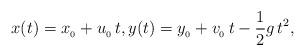
LaTeX: \begin{align*}x(t) = x_{_0}+u_{_0}\,t,y(t) = y_{_0} + v_{_0}\,t- \frac12 g\, t^2,\end{align*}